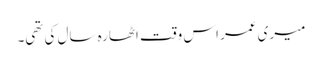
میری عمر اس وقت اٹھارہ سال کی تھی۔